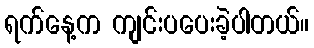
ရက်နေ့က ကျင်းပပေးခဲ့ပါတယ်။